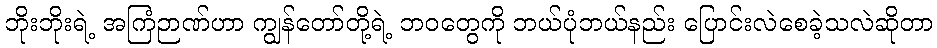
ဘိုးဘိုးရဲ့ အကြံဉာဏ်ဟာ ကျွန်တော်တို့ရဲ့ ဘဝတွေကို ဘယ်ပုံဘယ်နည်း ပြောင်းလဲစေခဲ့သလဲဆိုတာ